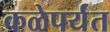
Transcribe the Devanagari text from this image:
कळेपर्यंत